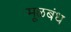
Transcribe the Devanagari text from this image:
मूळबंध